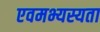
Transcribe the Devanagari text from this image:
एवमभ्यस्यता